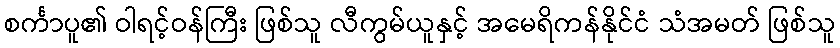
စင်္ကာပူ၏ ဝါရင့်ဝန်ကြီး ဖြစ်သူ လီကွမ်ယူနှင့် အမေရိကန်နိုင်ငံ သံအမတ် ဖြစ်သူ